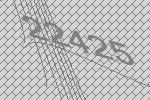
22425